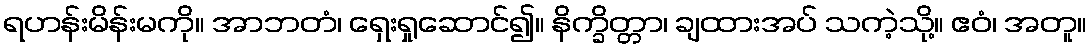
ရဟန်းမိန်းမကို။ အာဘတံ၊ ရှေးရှုဆောင်၍။ နိက္ခိတ္တာ၊ ချထားအပ် သကဲ့သို့။ ဧဝံ၊ အတူ။